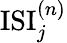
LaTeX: \mathrm{ISI}_{j}^{(n)}